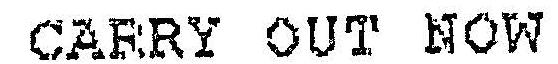
CARRY OUT NOW